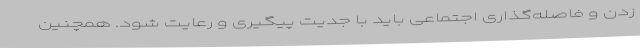
زدن و فاصله‌گذاری اجتماعی باید با جدیت پیگیری و رعایت شود. همچنین